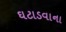
ઘટાડવાના